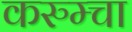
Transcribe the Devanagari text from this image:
करुम्चा